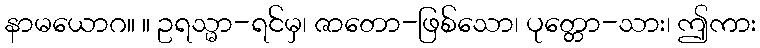
နာမယောဂ။ ။ ဥရသ္မာ-ရင်မှ၊ ဇာတော-ဖြစ်သော၊ ပုတ္တော-သား၊ ဤကား